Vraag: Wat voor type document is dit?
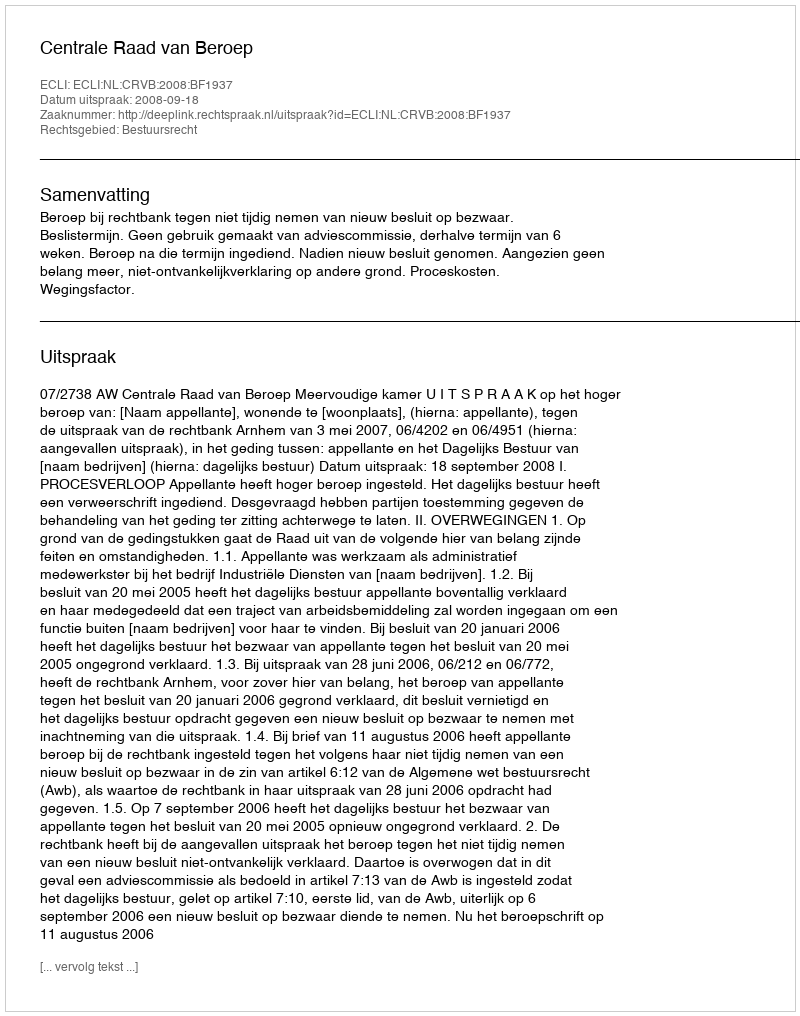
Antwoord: Uitspraak